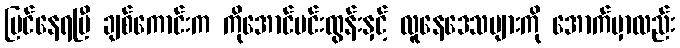
မြင်နေရပြီ ချစ်ကောင်းက ကိုအောင်မင်းထွန်းနှင့် လူနေဒေသများကို အောက်မှာလည်း